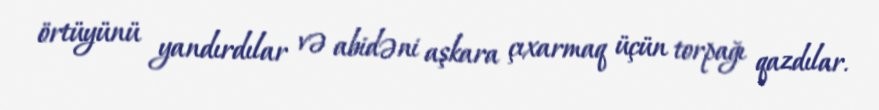
örtüyünü yandırdılar və abidəni aşkara çıxarmaq üçün torpağı qazdılar.